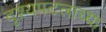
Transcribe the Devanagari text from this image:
दृश्यपटलाच्या